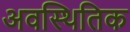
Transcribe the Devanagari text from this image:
अवस्थितिक